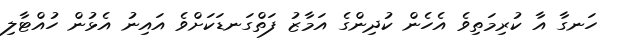
ހަނގާ އާ ކުރިމަތިވެ އެހެން ކުދިންގެ އަމާޒު ފަތްގަނޑަކަށްވެ އައިނު އެޅުން ހުއްޓާލި